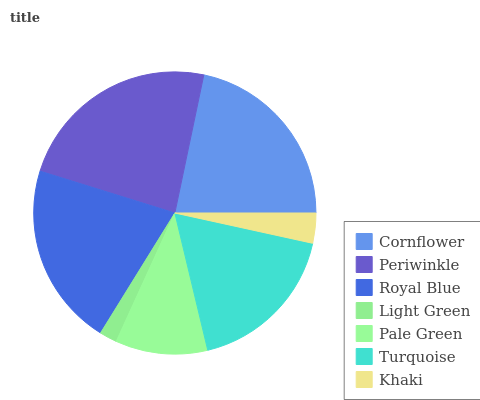
| Cornflower | Periwinkle | Royal Blue | Light Green | Pale Green | Turquoise | Khaki |
 | --- | --- | --- | --- | --- | --- | --- |
 | 21.6% | 23.5% | 21% | 2% | 10.5% | 17.8% | 3.44% |